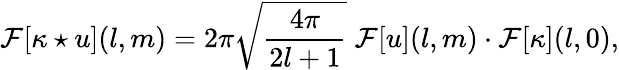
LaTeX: \mathcal{F}[\kappa\star u](l,m)=2\pi\sqrt{\frac{4\pi}{2l+1}}\; \mathcal{F}[u](l,m)\cdot\mathcal{F}[\kappa](l,0),